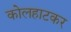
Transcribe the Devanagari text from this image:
कोलहाटकर